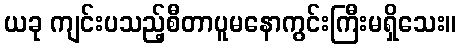
ယခု ကျင်းပသည့်စီတာပူမနောကွင်းကြီးမရှိသေး။